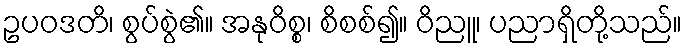
ဥပဝဒတိ၊ စွပ်စွဲ၏။ အနုဝိစ္စ၊ စိစစ်၍။ ဝိညူ၊ ပညာရှိတို့သည်။